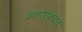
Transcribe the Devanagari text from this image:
इलोरेक्टल